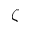
\zeta